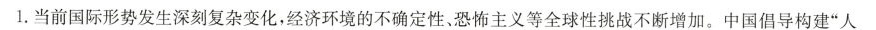
1.当前国际形势发生深刻复杂变化，经济环境的不确定性、恐怖主义等全球性挑战不断增加。中国倡导构建”人